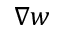
\nabla \boldsymbol { w }